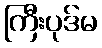
ကြီးပုဒ်မ